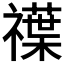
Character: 𥜈